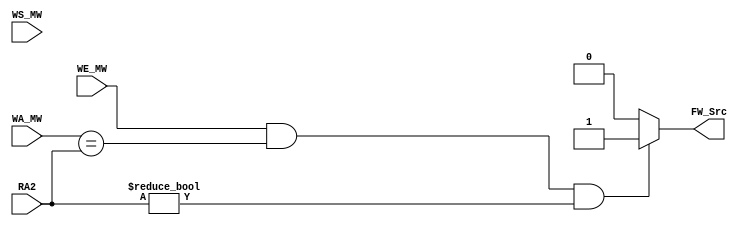
module MEM_Fwd_Unit(
        input wire  [4:0]   RA2,
        input wire  [4:0]   WA_MW,
        input wire          WE_MW,
        input wire  [2:0]   WS_MW,
        output reg          FW_Src
    );

    always @ (*) begin
        if(WE_MW && WA_MW == RA2 && RA2 != 0) FW_Src = 1'b1;
        else FW_Src = 1'b0;
    end


endmodule